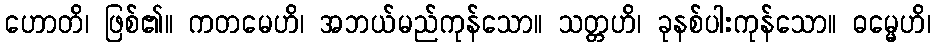
ဟောတိ၊ ဖြစ်၏။ ကတမေဟိ၊ အဘယ်မည်ကုန်သော။ သတ္တဟိ၊ ခုနစ်ပါးကုန်သော။ ဓမ္မေဟိ၊